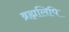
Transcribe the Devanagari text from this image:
ब्रह्मलिपि